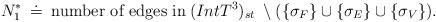
LaTeX: \begin{align*}N^*_1\:\doteq \: \mbox{number of edges in}\: (Int T^3)_{st}\; \setminus (\{\sigma_F\}\cup\{\sigma_E\}\cup\{\sigma_V\}).\end{align*}